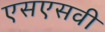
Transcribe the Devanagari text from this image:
एसएसवी